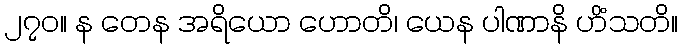
၂၇၀။ န တေန အရိယော ဟောတိ၊ ယေန ပါဏာနိ ဟိံသတိ။